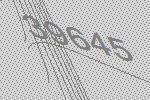
39645